Medical and sanitary report of the native army of Bengal for the year
Year: 1875
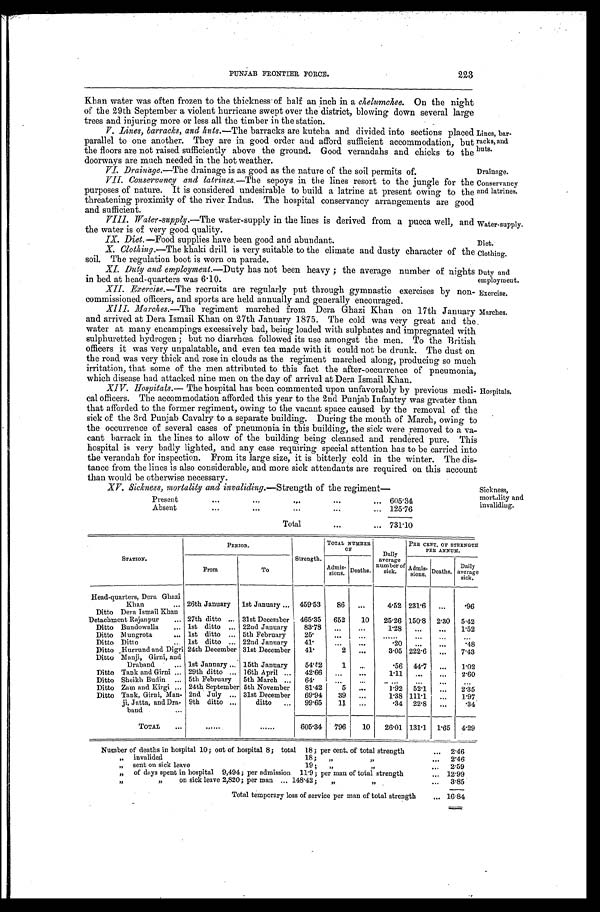
PUNJAB FRONTIER FORCE.
223
Khan water was often frozen to the thickness of half an inch in a chelumchee. On the night
of the 29th September a violent hurricane swept over the district, blowing down several large
trees and injuring more or less all the timber in the station.
V
. Lines, barracks, and huts.—The barracks are kutcha and divided into sections placed
parallel to one another. They are in good order and afford sufficient accommodation, but
the floors are not raised sufficiently above the ground. Good verandahs and chicks to the
doorways are much needed in the hot weather.
V I . D r a i n a g e . —
T h e d r a i n a g e i s a s g o o d a s t h e n a t u r e o f t h e s o i l p e r m i t s o f .
VII. Conservancy and latrines. —The sepoys in the lines resort to the jungle for the
purposes of nature. It is considered undesirable to build a latrine at present owing to the
threatening proximity of the river Indus. The hospital conservancy arrangements are good
and sufficient.
VIII. Water-supply.—The water-supply in the lines is derived from a pucca well, and
the water is of very good quality.
IX.
Diet.—Food supplies have been good and abundant.
X. Clothing.—The khaki drill is very suitable to the climate and dusty character of the
soil. The regulation boot is worn on parade.
XI. Duty and employment. —Duty has not been heavy; the average number of nights
in bed at head-quarters was 6.10.
XII. Exercise.—The recruits are regularly put through gymnastic exercises by non
-commissioned officers, and sports are held annually and generally encouraged.
XIII. Marches.—The regiment marched from Dera Ghazi Khan on 17th January
and arrived at Dera Ismail Khan on 27th January 1875. The cold was very great and the
water at many encampings excessively bad, being loaded with sulphates and impregnated with
sulphuretted hydrogen; but no diarrhœa followed its use amongst the men. To the British
officers it was very unpalatable, and even tea made with it could not be drunk. The dust on
the road was very thick and rose in clouds as the regiment marched along, producing so much
irritation, that some of the men attributed to this fact the after-occurrence of pneumonia,
which disease had attacked nine men on the day of arrival at Dera Ismail Khan.
XIV. Hospitals. —The hospital has been commented upon unfavorably by previous medi
-cal officers. The accommodation afforded this year to the 2nd Punjab Infantry was greater than
that afforded to the former regiment, owing to the vacant space caused by the removal of the
sick of the 3rd Punjab Cavalry to a separate building. During the month of March, owing to
the occurrence of several cases of pneumonia in this building, the sick were removed to a va
-cant barrack in the lines to allow of the building being cleansed and rendered pure. This
hospital is very badly lighted, and any case requiring special attention has to be carried into
the verandah for inspection. From its large size, it is bitterly cold in the winter. The dis
-tance from the lines is also considerable, and more sick attendants are required on this account
than would be otherwise necessary.
XV. Sickness, mortality and invaliding. —Strength of the regiment—
Present
605.34
Absent
1 2 5 . 7 6
Total
731.10
Lines, bar
- r a c k s , a n d
huts.
Drainage.
Conservancy
and latrines.
Water-supply.
Diet.
Clothing.
Duty and
employment.
Exercise.
Marches.
Hospitals.
Sickness,
mortality and
invaliding.
STATION.
PERIOD.
Strength.
TOTAL NUMBER
OF
Daily
average
number of
sick.
PER CENT, OF STRENGTH
PER ANNUM.
From
To
Admis- sions.Deaths.
Admi s - s i ons . Deaths. Daily
average sick.
Head-quarters, Dera Ghazi
Khan
26th January 1st January 459.53 86
4.52 231.6
.96
Ditto Dera Ismail Khan
Detachment Rajanpur
27th ditto
31st December 465.35 652 10 25.26 150.8 2.30 5.42
Ditto Bundowalla
1st ditto
22nd January 83.78
1.28
1 . 5 2
Ditto Mungrota 1st ditto
5th February 25.
Ditto Ditto
1st ditto
22nd January 41.
.20
.48
Ditto Hurrund and Digri 24th December 31st December 4 1 .
2
3.05 222.6
7 . 4 3
Ditto Manji, Girni, and
Draband
1st Jannary 15th January 54.42 1
.56 44.7
1 . 0 2
Ditto Tank and Girni 29th ditto
16th April
42.66
1.11
2 . 6 0
Ditto Sheikh Budin
5th February 5th March
64.
Ditto Zam and Kirgi
24th September 5th November 81.42 5
1.92 52.1
2.35
Ditto Tank, Girni, Man- 2nd July
31st December 69.94 39
1.38 111.1
1 . 9 7
ji, Jatta, and Dra-
band
9th ditto
ditto
99.65 11
.34 22.8
.34
TOTAL
605.34 796 10 26.01 131.1 1.65 4 . 2 9
Number of deaths in hospital 10; out of hospital 8; total 18; per cent, of total strength 2.46
„ invalided 18; „ „ 2.46
„ sent on sick leave 19; „ „ 2.56
„ of days spent in hospital 9,494; per admission 11.9; per man of total strength 12.99
„ „ on sick leave 2,820; per man 148.42; „ „ 3.85
Total temporary loss of service per man of total strength 16.84